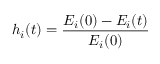
h _ { i } ( t ) = \frac { E _ { i } ( 0 ) - E _ { i } ( t ) } { E _ { i } ( 0 ) }